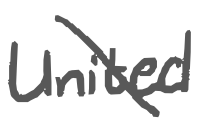
Text: United
Cross-out: diagonal
Writing tool: digital_gray